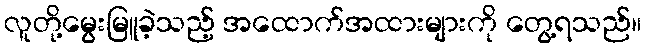
လူတို့မွေးမြူခဲ့သည့် အထောက်အထားများကို တွေ့ရသည်။